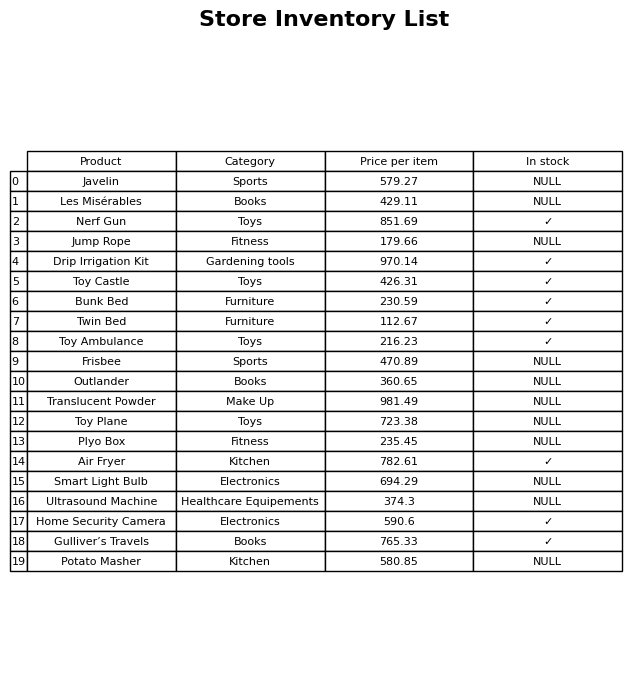
question: What is the price of the Bunk Bed?
answer: The price of Bunk Bed is 230.59.